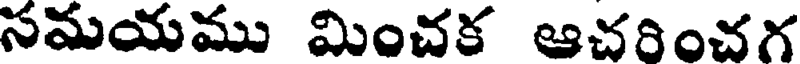
సమయము మించక ఆచరించగ